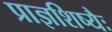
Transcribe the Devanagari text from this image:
प्राज्ञशिष्यैः